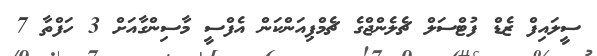
ސީލައިފް ޒެޑް ފުޓްސަލް ޗެލެންޖްގެ ޗެމްޕިއަންކަން އެފްސީ މާސިންގާއަށް 3 ހަފްތާ 7